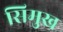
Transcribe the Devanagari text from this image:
सिमुख